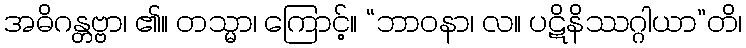
အဓိဂန္တဗ္ဗာ၊ ၏။ တသ္မာ၊ ကြောင့်။ “ဘာဝနာ၊ လ။ ပဋိနိဿဂ္ဂါယာ”တိ၊